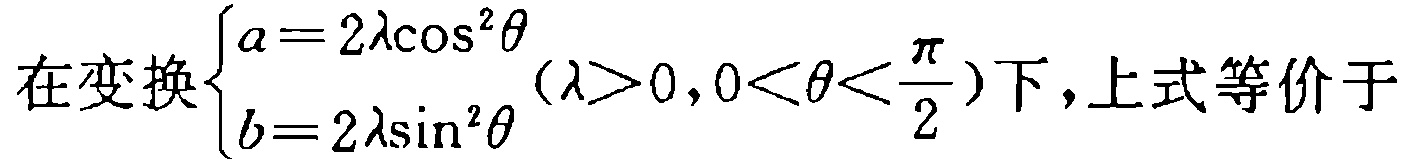
在变换$\begin{cases}a = 2\lambda\cos^{2}\theta\\b = 2\lambda\sin^{2}\theta\end{cases}(\lambda>0,0<\theta<\frac{\pi}{2})$下，上式等价于